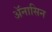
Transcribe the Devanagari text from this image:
ॲनासिन